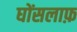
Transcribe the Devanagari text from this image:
घोंसलाफ़